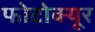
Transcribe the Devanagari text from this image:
फोटोक्यूर